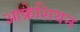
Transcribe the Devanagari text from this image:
आफ्रेशियन